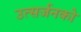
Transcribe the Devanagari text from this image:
उत्सर्जनको